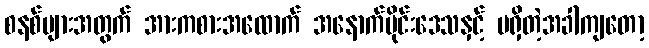
စနစ်များအတွက် အားကစားအထောက် အနောက်ပိုင်းဒေသနှင့် မရှိတဲ့အခါကျတော့